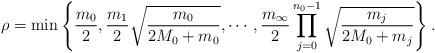
LaTeX: \begin{align*} \rho = \min\left\{\frac{m_0}{2}, \frac{m_1}{2}\sqrt{\frac{m_0}{2M_0 + m_0}},\cdots, \frac{m_{\infty}}{2} \prod_{j=0}^{n_0-1}\sqrt{\frac{m_j}{2M_0 +m_j}} \right\}. \end{align*}